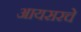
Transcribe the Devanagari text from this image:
आयसरचे